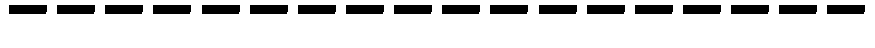
------------------